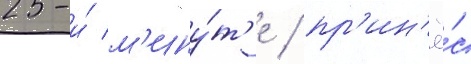
25-и́ м'ину́т'е / пр'ин'ё́с